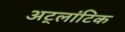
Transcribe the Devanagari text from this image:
अट्लांटिक